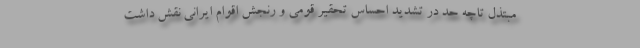
مبتذل تاچه حد در تشدید احساس تحقیر قومی و رنجش اقوام ایرانی نقش داشت